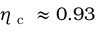
\eta _ { \mathrm { ~ c ~ } } \approx 0 . 9 3